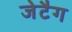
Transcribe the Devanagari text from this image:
जेटैग